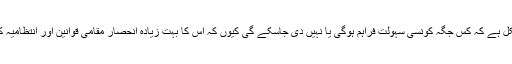
اس لیے یہ کہنا مشکل ہے کہ کس جگہ کونسی سہولت فراہم ہوگی یا نہیں دی جاسکے گی کیوں کہ اس کا بہت زیادہ انحصار مقامی قوانین اور انتظامیہ کی منظوری پر ہے۔